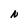
Character: N